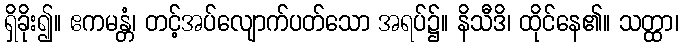
ရှိခိုး၍။ ဧကမန္တံ၊ တင့်အပ်လျောက်ပတ်သော အရပ်၌။ နိသီဒိ၊ ထိုင်နေ၏။ သတ္ထာ၊